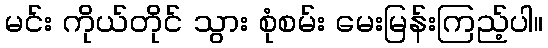
မင်း ကိုယ်တိုင် သွား စုံစမ်း မေးမြန်းကြည့်ပါ။